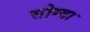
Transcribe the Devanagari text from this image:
सोग्दा